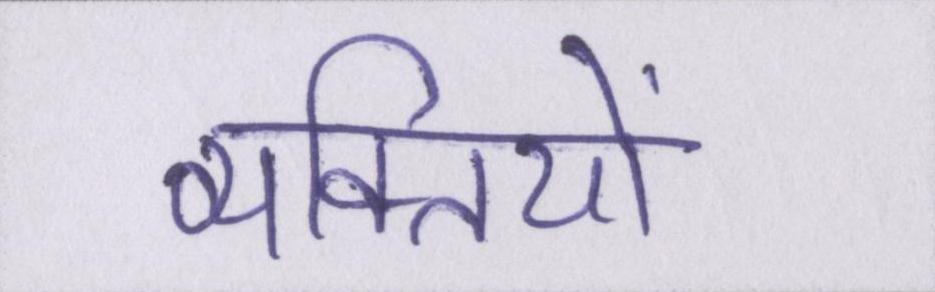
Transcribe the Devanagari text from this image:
व्यक्तियों